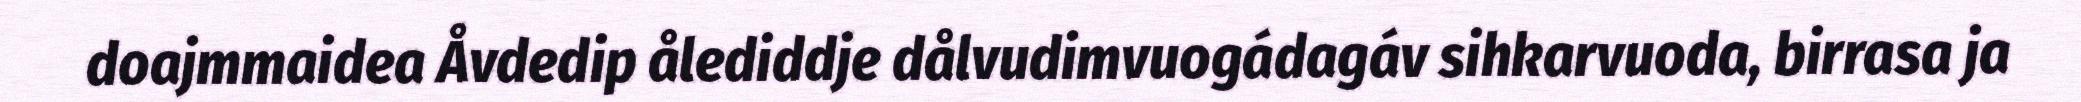
doajmmaidea Åvdedip ålediddje dålvudimvuogádagáv sihkarvuoda, birrasa ja